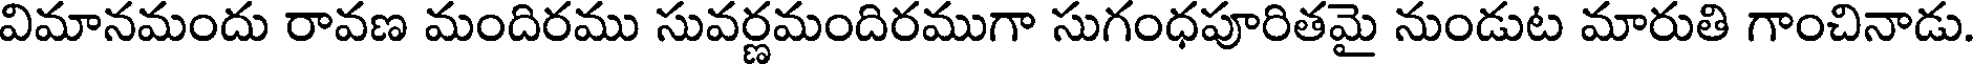
విమానమందు రావణ మందిరము సువర్ణమందిరముగా సుగంధపూరితమై నుండుట మారుతి గాంచినాడు.